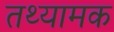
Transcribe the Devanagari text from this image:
तथ्यामक